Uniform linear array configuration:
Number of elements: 4
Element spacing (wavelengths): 0.5
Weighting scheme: blackman
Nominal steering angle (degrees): -45
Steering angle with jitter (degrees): -44.498
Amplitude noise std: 0.05
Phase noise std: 0.05

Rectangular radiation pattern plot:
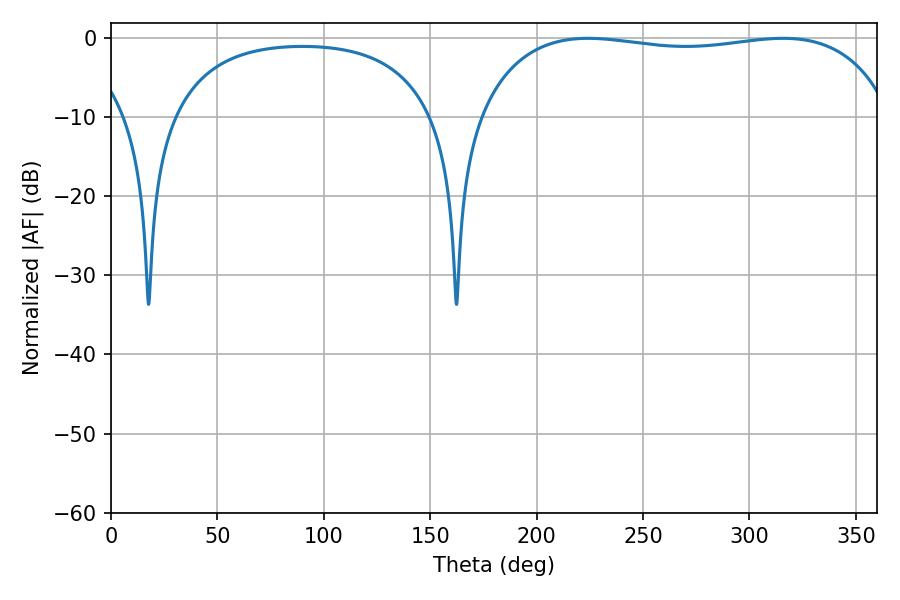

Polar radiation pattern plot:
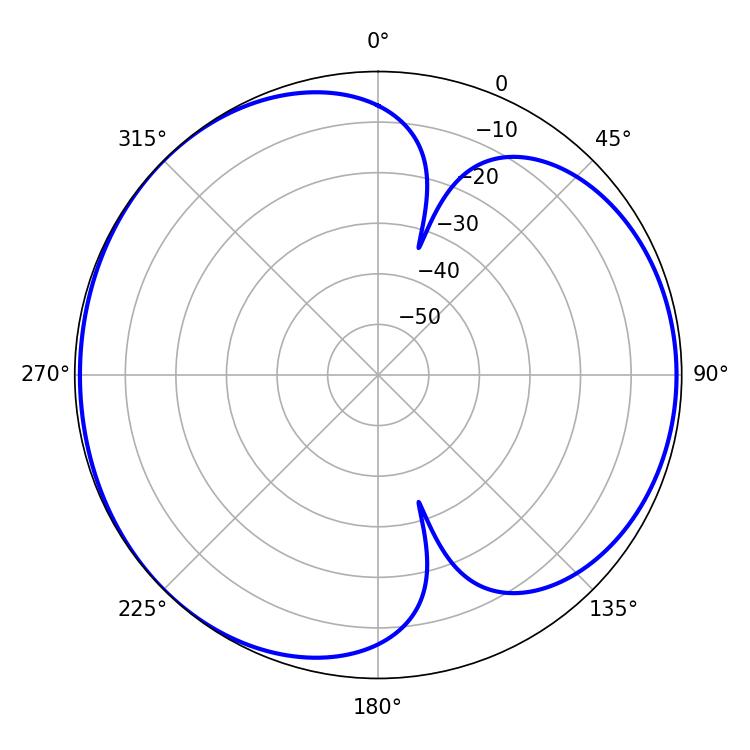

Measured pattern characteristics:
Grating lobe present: FALSE
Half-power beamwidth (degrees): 157.32
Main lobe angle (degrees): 224.1